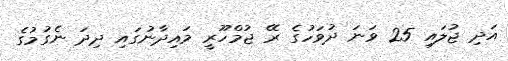
އަދި ޖުލައި 25 ވަނަ ދުވަހުގެ ރޭ ޖުމްހޫރީ މައިދާނުގައި ދިދަ ނެގުމުގެ